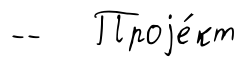
-- Проjе́кт